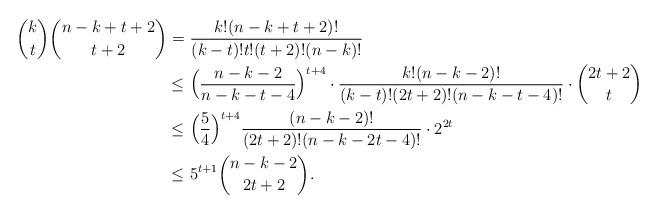
LaTeX: \begin{align*} {k\choose t}{n-k+t+2\choose t+2} =&\ \frac{k!(n-k+t+2)!}{(k-t)!t!(t+2)!(n-k)!}\\ \le& \ \Big(\frac{n-k-2}{n-k-t-4}\Big)^{t+4}\cdot \frac{k!(n-k-2)!}{(k-t)!(2t+2)!(n-k-t-4)!}\cdot {2t+2\choose t}\\ \le& \ \Big(\frac 54\Big)^{t+4}\frac{(n-k-2)!}{(2t+2)!(n-k-2t-4)!}\cdot 2^{2t}\\ \le&\ 5^{t+1}{n-k-2\choose 2t+2}.\end{align*}